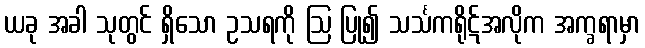
ယခု အခါ သုတွင် ရှိသော ဥသရကို ဩ ပြု၍ သင်္သကရိုဋ်အလိုက အက္ခရာမှာ